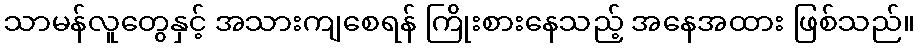
သာမန်လူတွေနှင့် အသားကျစေရန် ကြိုးစားနေသည့် အနေအထား ဖြစ်သည်။